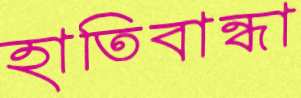
হাতিবান্ধা